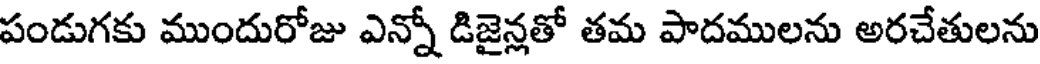
పండుగకు ముందురోజు ఎన్నో డిజైన్లతో తమ పాదములను అరచేతులను